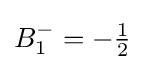
B_{1}^{-}=-{\tfrac {1}{2}}